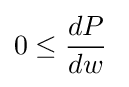
0\leq {\frac {dP}{dw}}\;